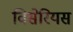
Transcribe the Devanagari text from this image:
विसेरियस